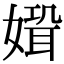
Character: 𡠸